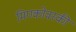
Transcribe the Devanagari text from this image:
मिण्कोवस्की